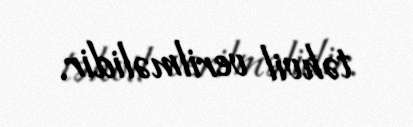
təhvil verilməlidir.